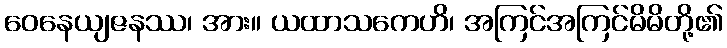
ဝေနေယျဇနဿ၊ အား။ ယထာသကေဟိ၊ အကြင်အကြင်မိမိတို့၏